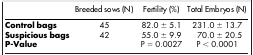
<table><thead><tr><td><b> </b></td><td><b>Breeded sows (N)</b></td><td><b>Fertility (%)</b></td><td><b>Total Embryos (N)</b></td></tr></thead><tbody><tr><td><b>Control bags</b></td><td>45</td><td>82.0 ± 5.1</td><td>231.0 ± 13.7</td></tr><tr><td><b>Suspicious bags</b></td><td>42</td><td>55.0 ± 9.9</td><td>70.0 ± 20.5</td></tr><tr><td><b>P-Value</b></td><td> </td><td>P = 0.0027</td><td>P &lt; 0.0001</td></tr></tbody></table>